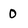
Character: 0